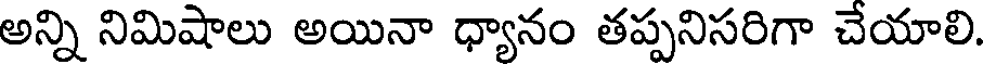
అన్ని నిమిషాలు అయినా ధ్యానం తప్పనిసరిగా చేయాలి.